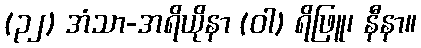
(၃၂) အံသာ-အရိယိုနာ (ဝါ) ရိဖြူ၊ နီနာ။